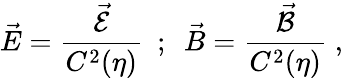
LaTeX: \vec{E}=\frac{\vec{\mathcal{E}}}{C^{2}(\eta)}~~;~~\vec{B}=\frac{\vec{\mathcal{B}}}{C^{2}(\eta)}\; ,